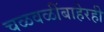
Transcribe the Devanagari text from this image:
चळवळींबाहेरही